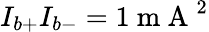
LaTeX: I_{b+}I_{b-}=1\mathrm{~m~A~}^{2}